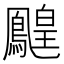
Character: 𪅔